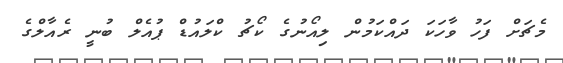
މެޗަށް ފަހު ވާހަކަ ދައްކަމުން ލިއޯނުގެ ކޯޗު ކްލައުޑް ޕުއެލް ބުނީ ރެއާލްގެ